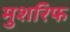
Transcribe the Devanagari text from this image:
मुशरिफ